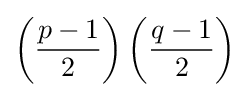
\left({\frac {p-1}{2}}\right)\left({\frac {q-1}{2}}\right)